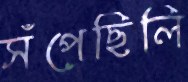
সঁপেছিলি